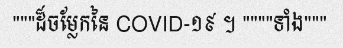
"""ដ៏ចម្លែកនៃ COVID-១៩ ។ """"ទាំង"""